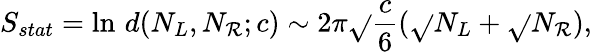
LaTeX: S_{stat}=\ln\, d(N_{L},N_{\mathcal{R}};c)\sim2\pi\sqrt{}{{\frac{{c}}{{6}}}}(\sqrt{}{{N_{L}}}+\sqrt{}{{N_{\mathcal{R}}}}),